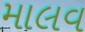
માલવ